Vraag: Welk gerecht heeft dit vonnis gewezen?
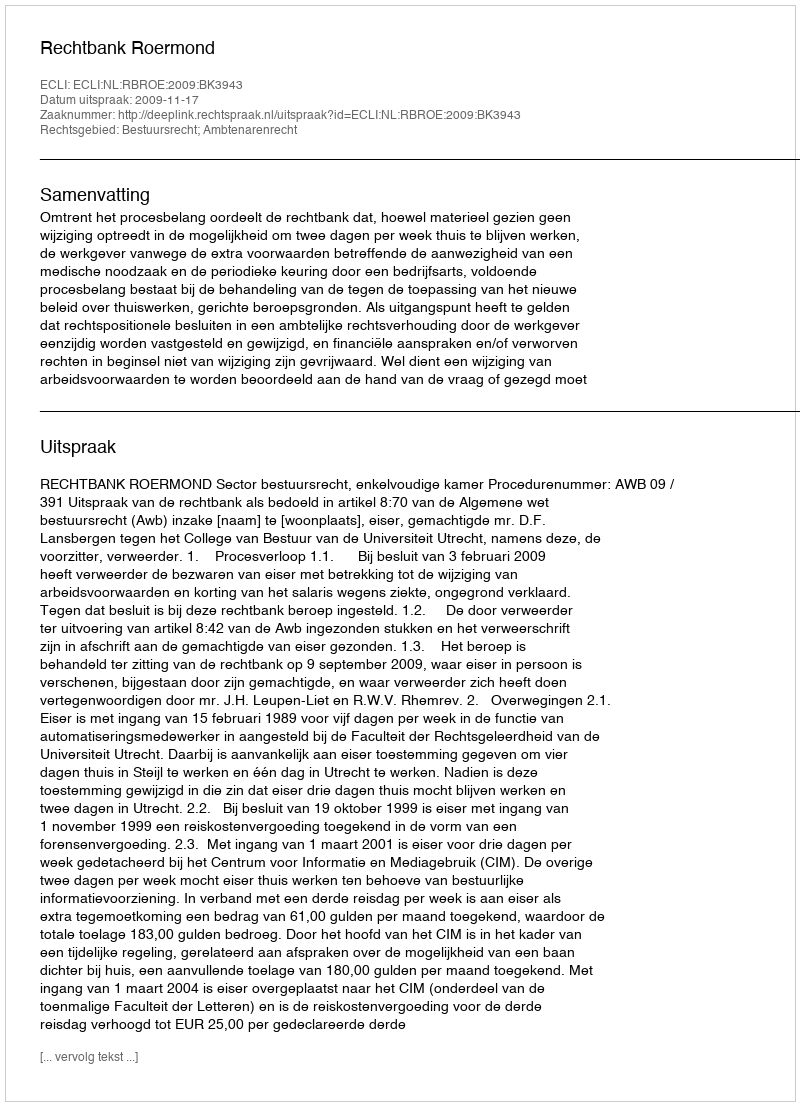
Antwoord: Rechtbank Roermond